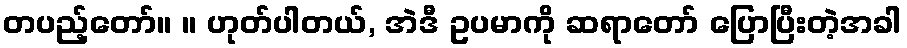
တပည့်တော်။ ။ ဟုတ်ပါတယ်, အဲဒီ ဥပမာကို ဆရာတော် ပြောပြီးတဲ့အခါ